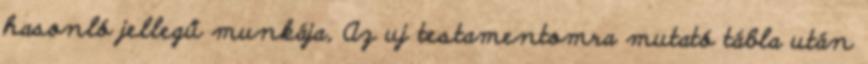
hasonló jellegű munkája, Az uj testamentomra mutató tábla után